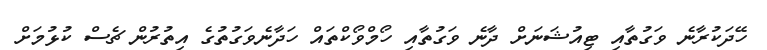
ހޭދަކުރާނެ ވަގުތާއި ޓިއުޝަނަށް ދާނެ ވަގުތާއި ހޯމްވޯކްތައް ހަދާނެވަގުތުގެ އިތުރުން ޗެސް ކުޅުމަށް